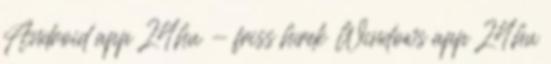
Android app 24.hu - friss hírek Windows app 24.hu